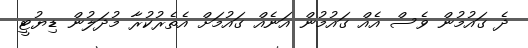
ދެ ގައުމުން ވެސް އެއް ގައުމުން އަނެއް ގައުމަށް އެތެރުކުރާ މުދަލުން ޑިޔުޓީ